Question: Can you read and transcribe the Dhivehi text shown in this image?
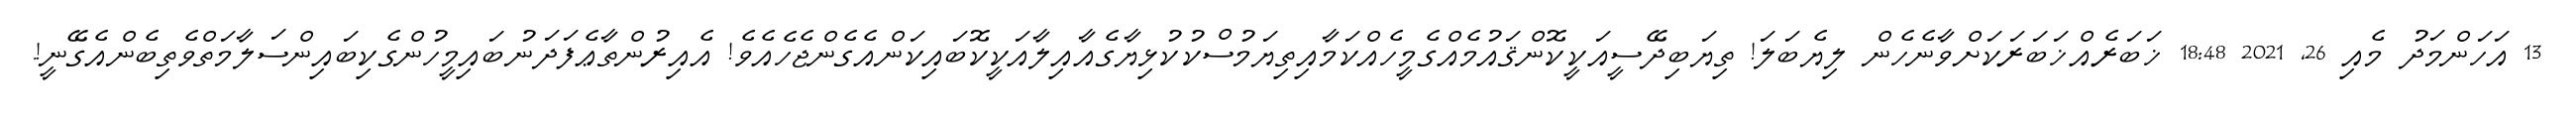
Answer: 13 އަހަންމަދު މެއި 26, 2021 18:48 ޚަބަރެއްޚަބަރަކަށްވާނެހެން ލިޔެބަލަ! ތިޔަބިދޭސީއަކީކޮންޤައުމެއްގެމީހެއްކަމާއިތިޔަމުސްކުކުޅިޔާގެއާއިލާއަކީކޮބައިކަންއެގެންޖެހެއެވެ! އެއިރުންތާޢެފަދަނުބައިމީހުންގެކިބައިންސަލާމަތްވެތިބެންއެގޭނީ!.